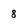
Character: 8